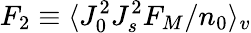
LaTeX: F_{2}\equiv\langle J_{0}^{2}J_{s}^{2}F_{M}/n_{0}\rangle_{v}